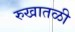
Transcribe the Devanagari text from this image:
रुखातळी